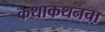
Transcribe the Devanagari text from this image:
कथाकथनचा